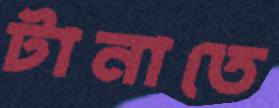
টানাতে